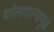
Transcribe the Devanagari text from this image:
बोलावल्यामुळे